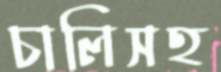
চালিসহ